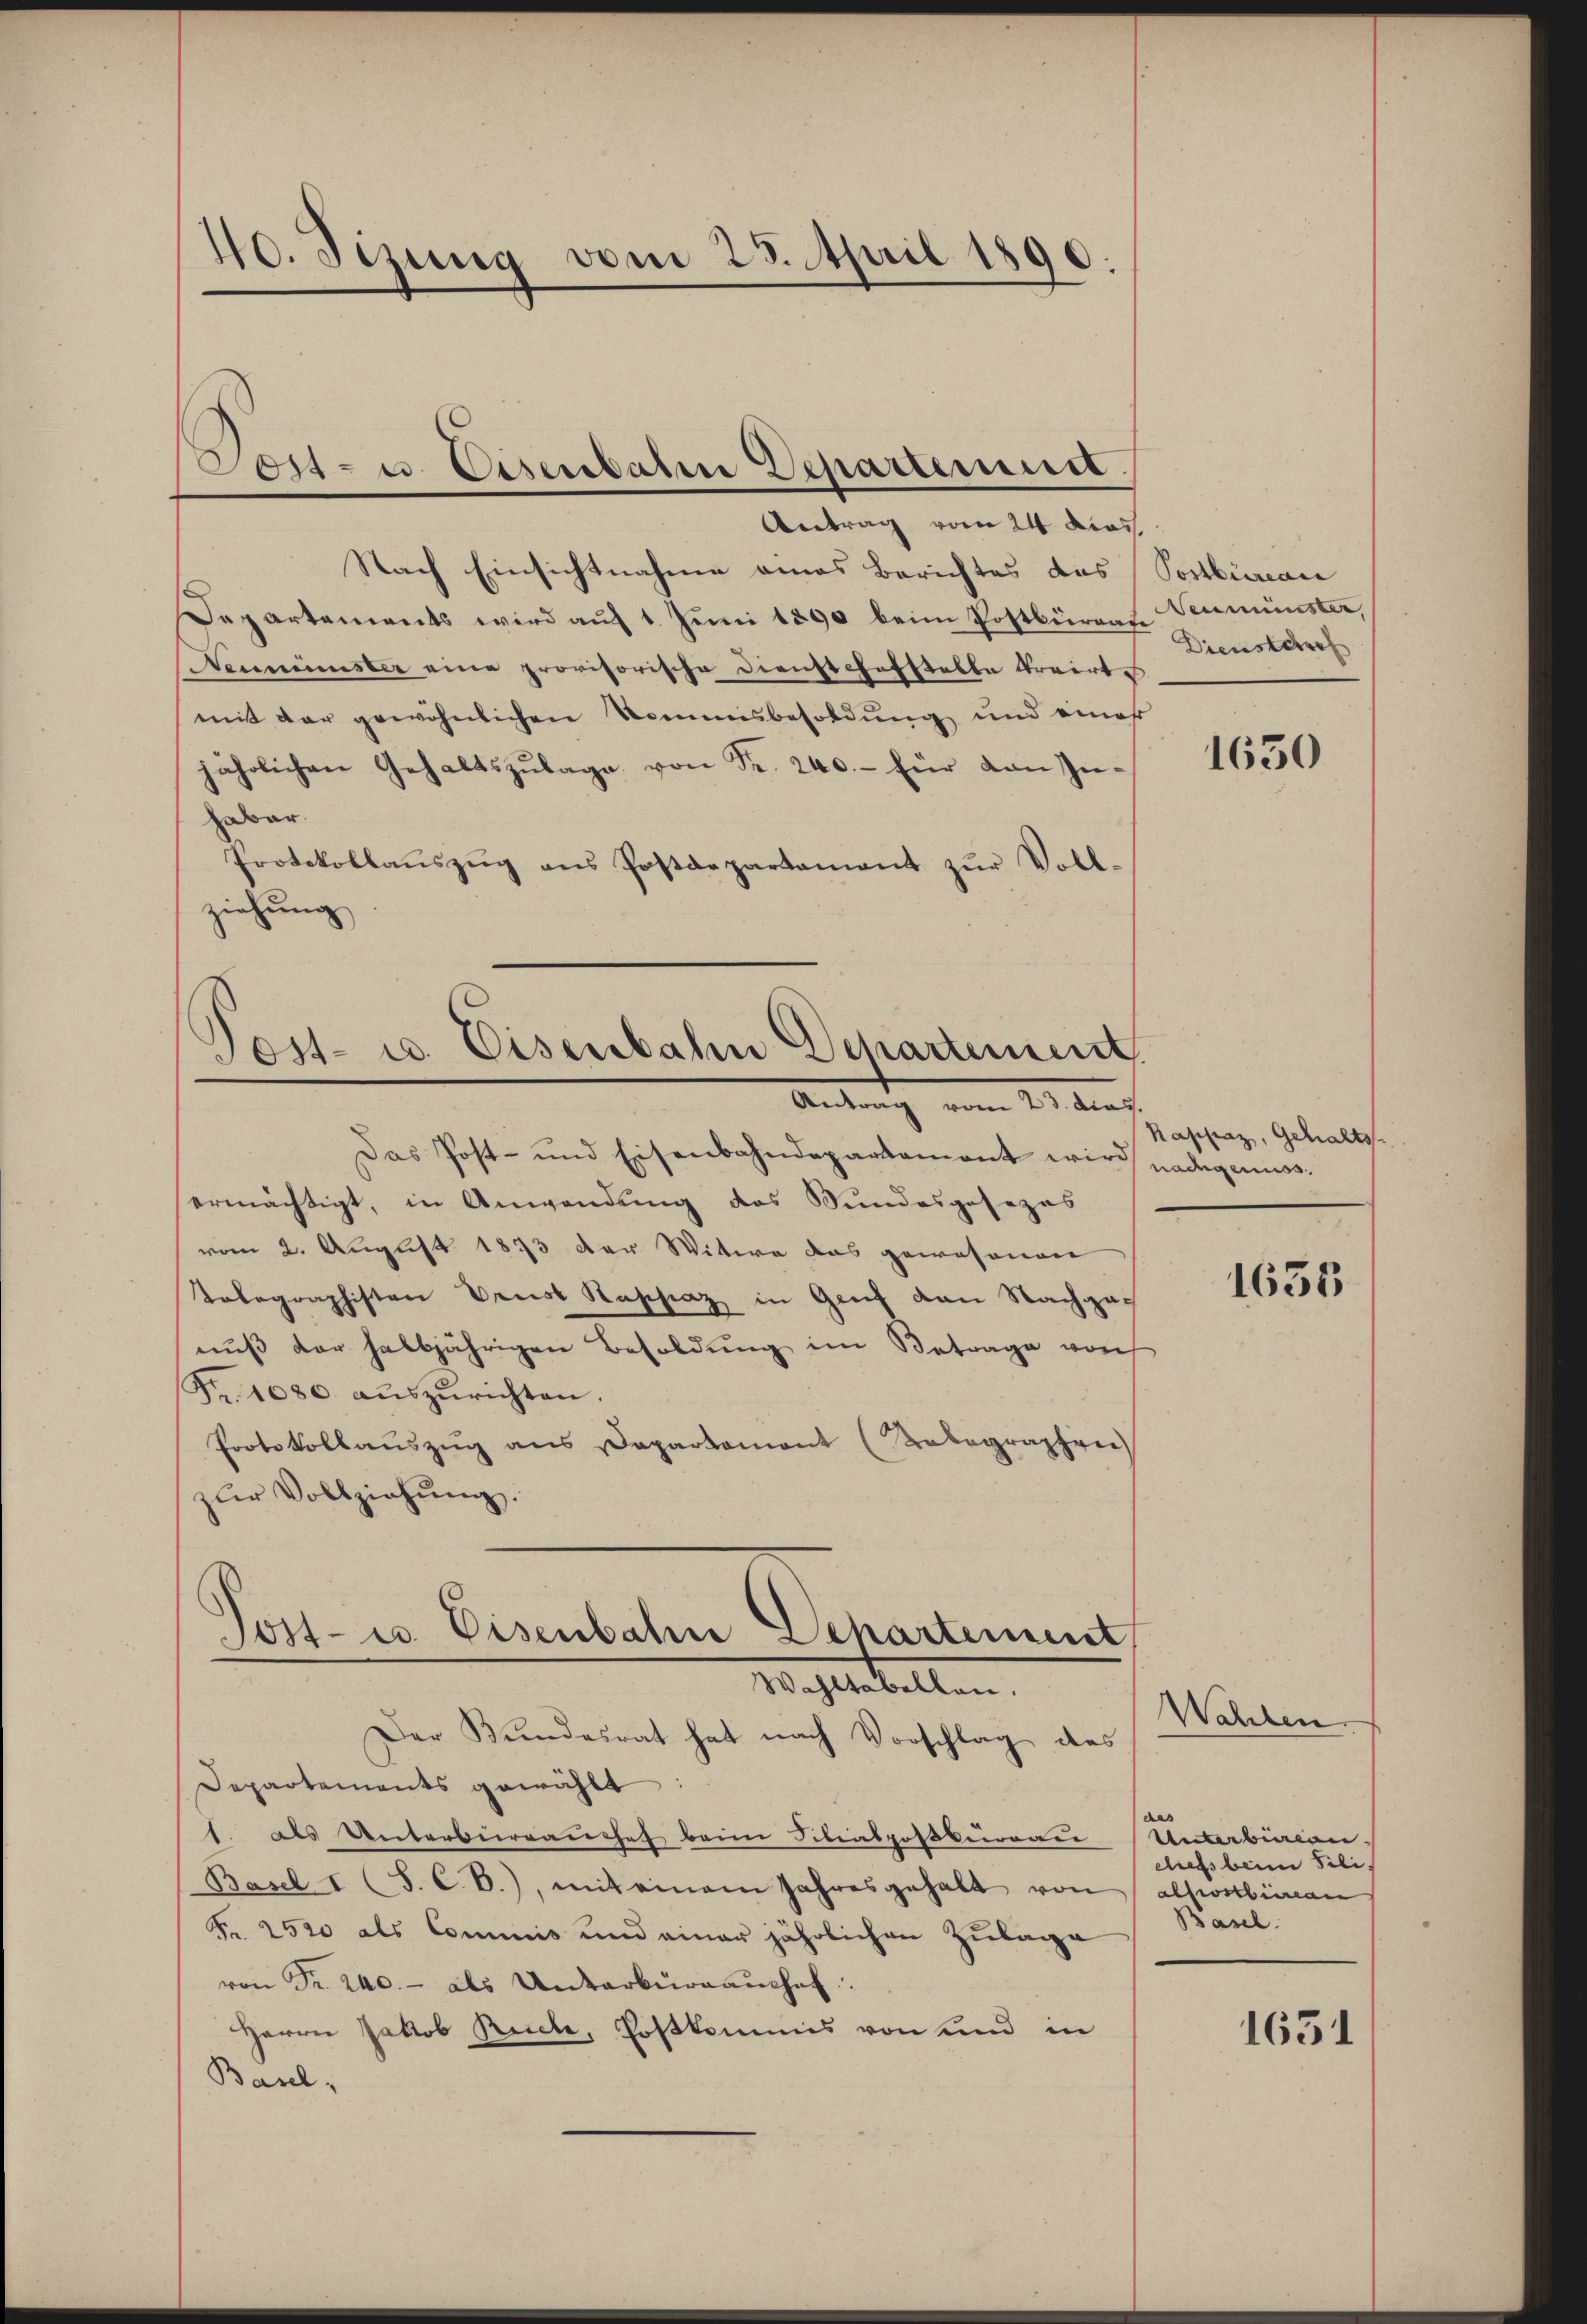
40. Sizung vom 23. April 1890.

Doit- u. Eisenbahn Departement.
Antrag vom 24. Das

Nach Einsichtnahme eines Berichtes des
Departements wird auf 1. Juni 1890 beim Postbüren Neumünster,
Neumünster eine provisorische Dienstchefstelle trairte
mit der gewöhnlichen Nommnisbesoldung und eines
jährlichen Gehaltszŭlage von Fr. 240.- für den In-
habar.
Protokollaŭszŭg ans Postdepartament zŭr Voll-
ziehung

Post- u. Eisenbahn Departement
Antrag vom 21. darf.

Das Post- und Eisenbahndepartamant wird nachgenuss.
ermächtigt, in Anwendung des Bundesgesezes
vom 2. August 1873 der Witwe das gewesenen
Tolographisten Preiss Kaschinz in Genf den Nachga
nŭβ der halbjährigen Besoldŭng im Betrage vorh
Fr. 1080 aŭszŭrichten.
Protokollaŭszŭg ans Departament (Relegraphen
zŭr Vollziehŭng.

Jost- u. Eisenbahn Departement,
Wahltabellen.

Der Bundesrat hat nach Vorschlag des
Departements gewählt:
1. als Unterberrauches beim Silialposkiveau Unterburien-
Basel I (S. C. B.), mit einem Jahresgehalt von
Fr. 2500 als Commis und einer jährlichen Zulage
von Fr. 240.- als Unterbürgaŭchef.
Herrn Jakob Ruche, Postkommis von und in
Basel-

Postbüreau
Dienstere

1630

Kappaz, Gehalts

1635

Wahlen.
e
chefs beim Sili
alposthieran
Basel.

1651